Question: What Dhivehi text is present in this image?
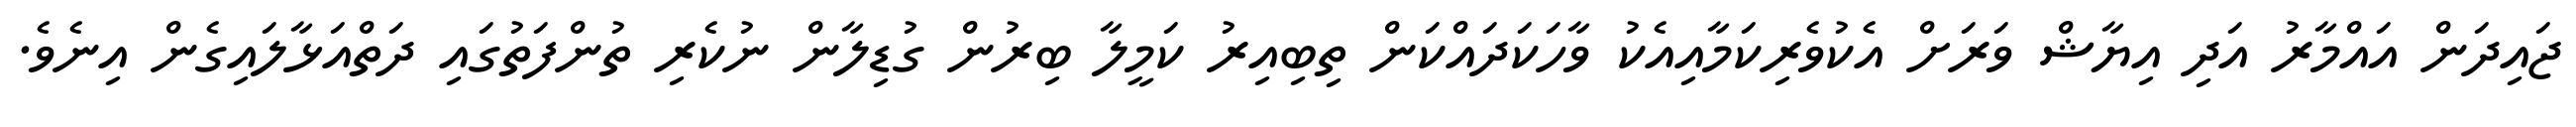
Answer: ޖައިދަން އައްމާރު އަދި އިޔާޝް ވަރަށް އެކުވެރިކަމާއިއެކު ވާހަކަދައްކަން ތިބިއިރު ކަމީލާ ބިރުން ގުޑިލާން ނުކެރި ތުންފަތުގައި ދަތްއަޅާލައިގެން އިނެވެ.